Vaccination North-Western Provinces and Oudh 1896-1901 - 1896-1901
Year: 1896
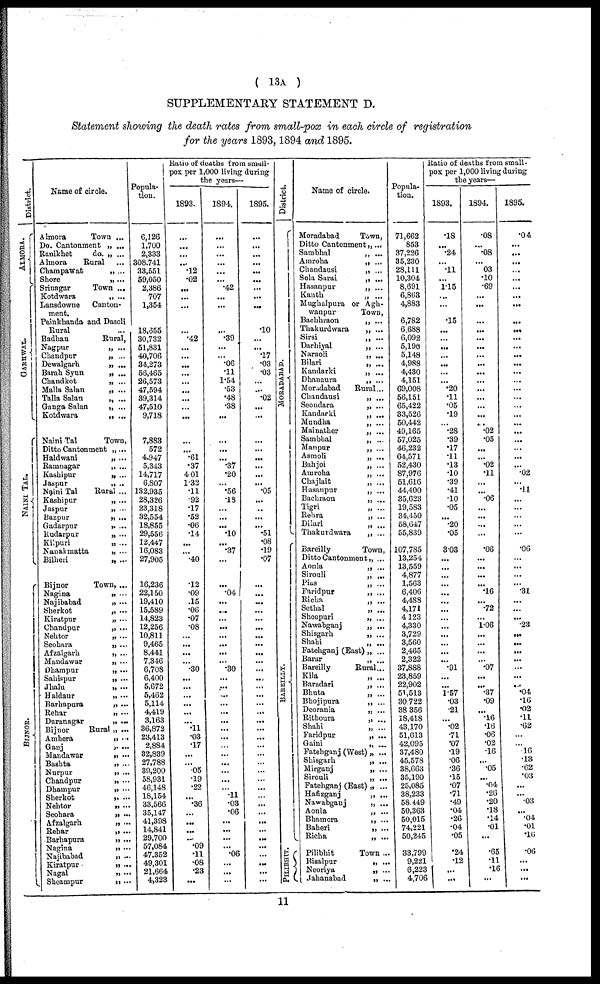
( 13A )
SUPPLEMENTARY STATEMENT D.
Statement showing the death rates from small-pox in each circle of registration
for the years 1893, 1894 and 1895.
District.
ALMORA.
GARHWAL .
NAINI TAL.
BI J
NOR.
Name of circle.
Almora
Do. Cantonment
Ranikhet
do.
Almora
Champawat
Shore
Srinagar
Kotdwara
Lansdowne
Canton-
ment.
Painkhanda and
Rural
Badhan
Nagpur
Chandpur
Dewalgarh
Barah Syun
Chandkot
Malla Salan
Talla Salan
Ganga Salan
Kotdwara
Naini Tal
Ditto Cantonment
Haldwani
Ramnagar
Kashipur
Jaspur
Naini Tal
Kashipur
Jaspur
Bazpur
Gadarpur
Rudarpur
Kilpuri
Nanak matta
Bilheri
Bijnor
Nagina
Najibabad
Sherkot
Kiratpur
Chandpur
Nehtor
Seohara
Afzalgarh
Mandawar
Dhampur
Sahispur
Jhalu
Haldaur
Barhapura
Rehar
Daranagar
Bijnor
Amhera
Ganj
Mandawar
Bashta
Nurpur
Chandpur
Dhampur
Sherkot
Nehtor
Seohara
Afzalgarh
Rehar
Barhapura
Nagina
Najibabad
Kiratpur
Nagal
Sheampur
Town ...
„ ...
„ ...
Rural ...
„ ...
„ ...
Town ...
„ ...
Dasoli
...
Rural,
„ ...
„ ...
„ ...
„ ...
„ ...
„ ...
„ ...
„ ...
„ ...
Town,
„ ...
„ ...
„ ...
„ ...
„ ..
Rural ...
„ ...
„ ...
„ ...
„ ...
„ ...
„ ...
„ ...
„ ...
Town, ...
„ ...
„ ...
„ ...
„ ...
„ ...
„ ...
„ ...
„ ...
„ ...
„ ...
„ ...
„ ...
„ ...
„ ...
„ ...
„ ...
Rural „ ...
„ ...
„ ...
„ ...
„ ...
„ ...
„ ...
„ ...
„ ...
„ ...
„ ...
„ ...
„ ...
„ ...
„ ...
„ ...
„ ...
„ ...
„ ...
Popula-
tion.
6,126
1,700
2,333
308,741
33,551
59,050
2,386
707
1,354
18,655
30,732
51,831
40,706
34,273
56,465
26,573
47,594
39,314
47,510
9,718
7,883
572
4,947
5,343
14,717
6,807
132,935
28,326
23,318
32,554
18,855
29,556
12,447
16,083
27,905
16,236
22,150
19,410
15,589
14,823
12,256
10,811
9,465
8,441
7,346
6,708
6,400
5,672
5,462
5,114
4,419
3,163
36,872
23,413
2,884
32,839
27,788
39,200
58,931
46,148
18,154
33,566
35,147
41,398
14,841
29,700
57,084
47,352
49,301
21,664
4,323
Ratio of deaths from small-
pox per 1,000 living during
the years—
1893.
...
...
...
...
.12
.02
...
...
...
...
...
.42
...
...
...
...
...
...
...
...
...
...
...
.61
.37
4.01
1.32
.11
.92
.17
.52
.06
.14
...
...
.40
.12
.09
.15
.06
.07
.08
...
...
...
...
.30
...
...
...
...
...
...
.11
.03
.17
...
...
.05
.19
.22
...
.36
...
...
...
...
.09
.11
.08
.23
...
1894.
...
...
...
...
...
...
.42
...
...
...
...
.39
...
...
.06
.11
1.54
.53
.48
.38
...
...
...
...
.37
.20
...
.56
.18
...
...
...
.10
...
.37
...
...
.04
...
...
...
...
...
...
...
...
.30
...
...
...
...
...
...
...
...
... ...
...
...
...
...
.11
.03
.06
...
...
...
... .06
...
...
...
1895.
...
...
...
...
...
...
...
...
...
...
.10
...
...
.17
.03
.03
...
...
.02
...
...
...
...
...
...
...
...
.05
...
...
...
...
.51
.08
.19
.07
...
...
...
...
...
...
...
...
...
...
...
...
...
...
...
...
...
...
...
...
...
...
...
...
...
...
...
...
...
...
...
...
...
...
...
...
Di st r i ct .
MOR ADAB AD.
BAREILLY.
PILIBHIT.
Name of circle.
Moradabad
Ditto Cantonment
Sambhal
Amroha
Chandausi
Sola Sarai
Hasanpur
Kanth
Mughalpura or Agh-
wanpur
Bachhraon
Thakurdwara
Sirsi
Darhiyal
Naraoli
Bilari
Kandarki
Dhanaura
Moradabad
Chandausi
Seondara
Kandarki
Mundha
Mainather
Sambhal
Manpur
Asmoli
Bahjoi
Amroha
Chajlait
Hasanpur
Bachraon
Tigri
Rehra
Dilari
Thakurdwara
Bareilly
Ditto Cantonment
Aonla
Sirouli
Pias
Faridpur
Richa
Sethal
Sheopuri
Nawabganj
Shisgarh
Shahi
Fatehganj (East)
Barar
Bareilly
Kila
Baradari
Bhuta
Bhojipura
Deorania
Rithoura
Shahi
Faridpur
Gaini
Fatehganj (West)
Shisgarh
Mirganj
Sirouli
Fatehganj (East)
Hafizganj
Nawabganj
Aonla
Bhamora
Baheri
Richa
Pilibhit
Bisalpur
Neoriya
Jahanabad
Town,
„ ...
„ ...
„ ...
„ ...
„ ...
„ ...
„ ...
Town,
„ ...
„ ...
„ ...
„ ...
„ ...
„ ...
„ ...
„ ...
Rural...
„ ...
„ ...
„ ...
„ ...
„ ...
„ ...
„ ...
„ ...
„ ...
„ ...
„ ...
„ ...
„ ...
„ ...
„ ...
„ ...
„ ...
Town,
„ ...
„ ...
„ ...
„ ...
„ ...
„ ...
„ ...
„ ...
„ ...
„ ...
„ ...
„ ...
„ ...
Rural...
„ ...
„ ...
„ ...
„ ...
„ ...
„ ...
„ ...
„ ...
„ ...
„ ...
„ ...
„ ...
„ ...
„ ...
„ ...
„ ...
„ ...
„ ...
„ ...
„ ...
Town ...
„ ...
„ ...
„ ...
Popula-
tion.
71,662
853
37,226
35,230
28,111
10,304
8,691
6,863
4,883
6,782
6,688
6,092
5,190
5,148
4,988
4,430
4,151
69,008
56,151
65,422
33,526
50,442
49,165
57,025
46,232
64,571
52,430
87,976
51,616
44,400
35,623
19,583
34,450
58,647
55,839
107,785
13,254
13,559
4,877
1,563
6,406
4,488
4,171
4,123
4,330
3,729
3,560
2,465
2,322
37,888
23,859
22,902
51,513
30,722
38,356
18,418
43,170
51,613
42,095
37,480
45,578
38,663
35,190
25,085
38,233
58,449
50,363
50,015
74,221
50,245
33,799
9,221
6,223
4,706
Ratio of deaths from small.
pox per 1,000 living during
the years—
1893.
.18
... . 24
...
.11
...
1.15
...
...
.15
...
...
...
...
...
...
...
.20
.11
.05
.19
... .28
.39
.17
.11
.13
.10
.39
.41
.10
.05
...
.20
.05
3.03
...
...
...
...
...
...
...
...
...
...
...
...
...
.91
...
...
1.57
.03
.21
...
.02
.71
.07
.19
.06
.36
.15
.07
.71
.49
.04
.26
.04
.05
.24
.12
...
...
1894.
.08
...
.08
...
03
.10
.69
...
...
...
...
...
...
...
...
...
...
...
...
...
...
.02
.05
...
...
.02
.11
...
...
.06
...
...
...
...
.06
...
...
...
...
.16
...
.72
...
1.06
...
...
...
... . 07
...
...
.37
.09
...
.16
.16
.06
.02
.16
...
.05
...
.04
.26
.20
.18
.14
.01
...
.65
.11
.16
...
1895.
.04
...
...
...
...
...
...
...
...
...
...
...
...
...
...
...
...
...
...
...
...
...
...
...
...
...
...
.02
...
.11
...
...
...
...
...
.06
...
...
...
...
.31
...
...
...
.23
...
...
...
...
...
...
...
.04
.16
.02
.11
.62
...
... .16
.13
.62
.03
...
...
.03
... .04
.01
.16
.06
...
...
...
11